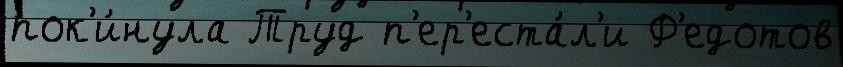
пок'и́нула Труд п'ер'еста́л'и Ф'едотов